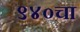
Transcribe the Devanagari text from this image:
९४०चा